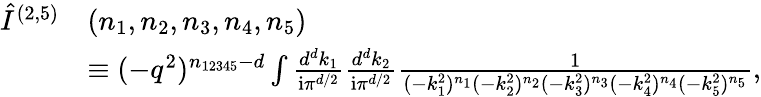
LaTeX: \begin{array}{rl}{\hat{I}^{(2,5)}}&{(n_{1},n_{2},n_{3},n_{4},n_{5})}\\ &{\equiv(-q^{2})^{n_{12345}-d}\int\frac{d^{d}k_{1}}{\mathrm{i}\pi^{d/2}}\frac{d^{d}k_{2}}{\mathrm{i}\pi^{d/2}}\frac{1}{(-k_{1}^{2})^{n_{1}}(-k_{2}^{2})^{n_{2}}(-k_{3}^{2})^{n_{3}}(-k_{4}^{2})^{n_{4}}(-k_{5}^{2})^{n_{5}}},}\end{array}